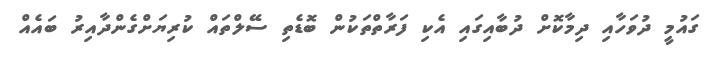
ގައުމީ ދުވަހާއި ދިމާކޮށް ދުބާއިގައި އެކި ފަރާތްތަކުން ބޮޑެތި ސޭލްތައް ކުރިޔަށްގެންދާއިރު ބައެއް